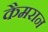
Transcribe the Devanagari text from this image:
कैमरान